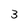
Character: 3